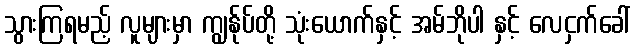
သွားကြရမည့် လူများမှာ ကျွန်ုပ်တို့ သုံးယောက်နှင့် အမ်ဘိုပါ နှင့် လေငှက်ခေါ်